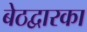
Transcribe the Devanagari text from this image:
बेठद्वारका